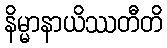
နိမ္မာနာယိဿတီတိ